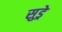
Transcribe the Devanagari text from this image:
सुड्रे